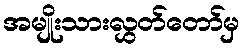
အမျိုးသားလွှတ်တော်မှ